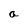
Character: a